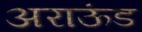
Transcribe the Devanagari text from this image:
अराऊंड